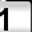
Digit: 1